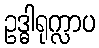
ဥဒ္ဓါရုက္လာပ